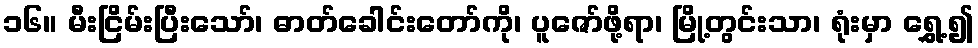
၁၆။ မီးငြိမ်းပြီးသော်၊ ဓာတ်ခေါင်းတော်ကို၊ ပူဇော်ဖို့ရာ၊ မြို့တွင်းသာ၊ ရုံးမှာ ရွှေ့၍